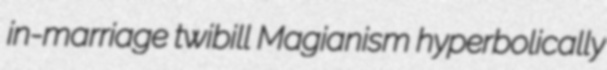
in-marriage twibill Magianism hyperbolically